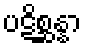
ပဋိစ္ဆန္နာ